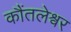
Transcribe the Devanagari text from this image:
कौंतलेश्वर